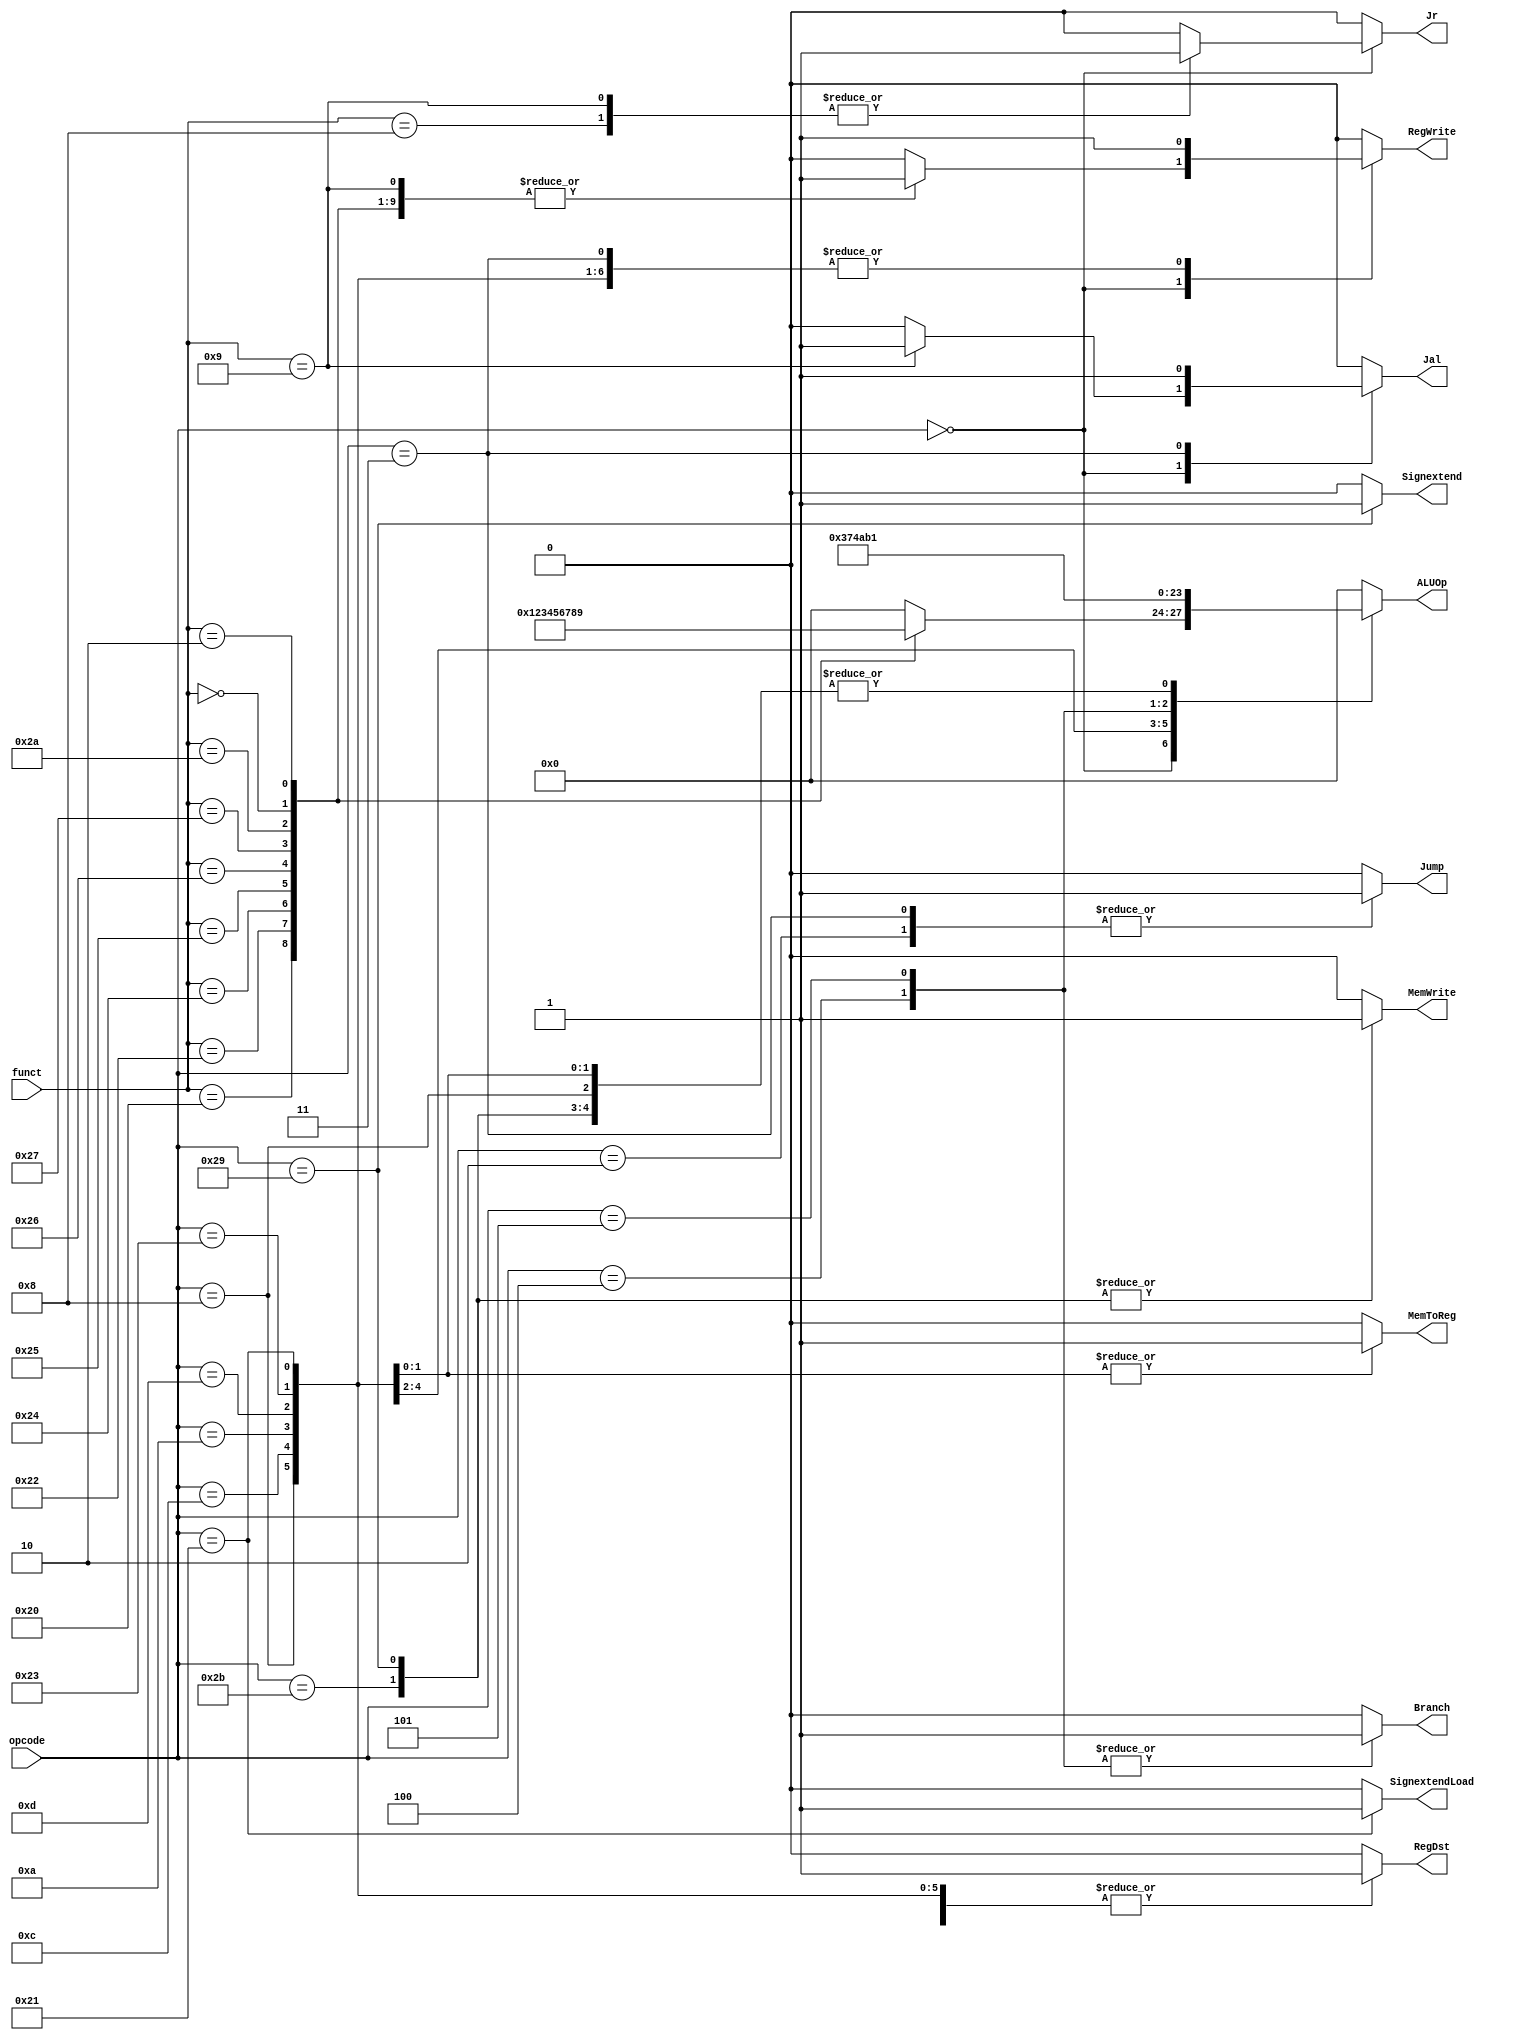
// Controller

module Controller ( opcode,
					funct,
					ALUOp,
					RegWrite,
					Branch,
					Jr,
					Jump,
					Jal,
					MemWrite,
					MemToReg,
					RegDst,
					Signextend,
					SignextendLoad
					);

	input  [5:0] opcode;
	input  [5:0] funct;
	output [3:0] ALUOp;
	output RegWrite;
	output MemWrite;
	output MemToReg;
	output Branch;
	output Jr;
	output Jump;
	output Jal;
	output RegDst;
	output Signextend;
	output SignextendLoad;
	reg [3:0] ALUOp;
	reg RegWrite;
	reg MemToReg;
	reg MemWrite;
	reg Branch;
	reg Jr;
	reg Jump;
	reg Jal;
	reg RegDst;
	reg Signextend;
	reg SignextendLoad;
	always @(*)	
		begin
		RegWrite = 0;
		MemToReg = 0;
		MemWrite = 0;
		Branch = 0;
		Jr = 0;
		Jump = 0;
		Jal = 0;
		RegDst = 0;
		Signextend = 0;
		SignextendLoad = 0;
		ALUOp	 = 0;
		case(opcode)
			6'b000000:
				begin
				case(funct)
					6'b100000:
					begin
						ALUOp = 4'd1;//add
						RegWrite = 1;
					end
					6'b100010:
					begin
						ALUOp = 4'd2;//sub
						RegWrite = 1;
					end
					6'b100100:
					begin
						ALUOp= 4'd3;//and
						RegWrite = 1;
					end
					6'b100101:
					begin
						ALUOp = 4'd4;//or
						RegWrite = 1;
					end
					6'b100110:
					begin
						ALUOp = 4'd5;//xor
						RegWrite = 1;
					end
					6'b100111:
					begin
						ALUOp = 4'd6;//nor
						RegWrite = 1;
					end
					6'b101010:
					begin
						//Branch = 1;
						ALUOp = 4'd7;//less
						RegWrite = 1;
					end
					6'b000000:
					begin
						ALUOp = 4'd8;//left shift
						RegWrite = 1;
					end
					6'b000010:
					begin
						ALUOp = 4'd9;//right shift
						RegWrite = 1;
					end
					6'b001000://JR
					begin
						Jr = 1;
					end
					6'b001001://Jalr
					begin
						Jal = 1;
						Jr = 1;
						RegWrite = 1;
					end
					//6'b001000:ALUOp = 4'b1001;//beq
					//6'b100000:ALUOp = 4'b1010;//bne
				endcase
				end
			6'b001000:
			begin
				ALUOp = 4'd1;//addi
				RegWrite = 1;
				RegDst = 1;
			end
			6'b001100:
			begin
				ALUOp = 4'd3;//andi
				RegWrite = 1;
				RegDst = 1;
			end
			6'b001010:
			begin
				ALUOp = 4'd7;//slti
				RegWrite = 1;
				RegDst = 1;
			end
			6'b001101:
			begin
				ALUOp = 4'd4;//ori
				RegWrite = 1;
				RegDst = 1;
			end
			6'b000100:
			begin
				ALUOp = 4'd10;//equal
				Branch = 1;
			end
			6'b000101:
			begin
				ALUOp = 4'd11;//bne
				Branch = 1;
			end
			6'b100011:
			begin
				ALUOp = 4'd1;//lw->add
				RegWrite = 1;
				MemToReg = 1;
				RegDst = 1;
			end
			6'b101011:
			begin
				ALUOp = 4'd1;//sw->add
				MemWrite = 1;
				RegDst = 1;
			end
			6'b100001:
			begin
				ALUOp = 4'd1;//lh->add
				SignextendLoad = 1;
				RegWrite = 1;
				MemToReg = 1;
				RegDst = 1;
			end
			6'b101001:
			begin
				ALUOp = 4'd1;//sh->add
				Signextend = 1;
				MemWrite = 1;
				RegDst = 1;
			end
			6'b000010://jump
			begin
				Jump = 1;
			end
			6'b000011://jal
			begin
				Jump = 1;
				Jal = 1;
				RegWrite = 1;
			end
		endcase
		end
	
endmodule